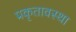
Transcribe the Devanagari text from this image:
प्रकृतावस्था